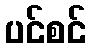
ပင်စင်